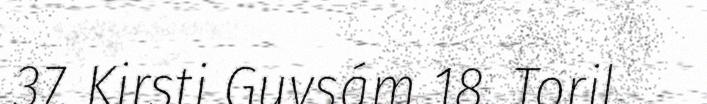
37. Kirsti Guvsám 18. Toril